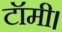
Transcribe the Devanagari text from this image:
टॉमी।